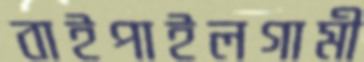
বাইপাইলগামী